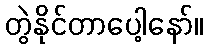
တွဲနိုင်တာပေါ့နော်။